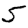
Digit: 5